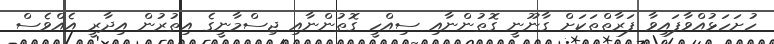
ހުށަހަޅުއްވާފައިވާ ފަރާތްތަކަށް ގާނޫނީ ގޮތުންނާއި ސިއްހީ ގޮތުންނާއި ޖިސްމާނީގެ އިތުރުން އިދާރީ އެއްވެސް